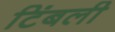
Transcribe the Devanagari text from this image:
टिंबली